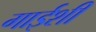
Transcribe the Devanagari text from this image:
गाईशी